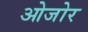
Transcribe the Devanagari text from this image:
ओजोर